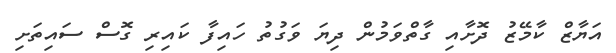
އަޔާޒް ކާމޭޒު ދޮށާއި ގާތްވަމުން ދިޔަ ވަގުތު ހައިފާ ކައިރި ގޮސް ސައިތަށި